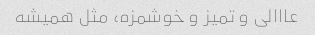
عااالی و تمیز و خوشمزه، مثل همیشه